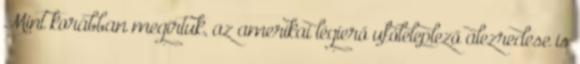
Mint korábban megírtuk, az amerikai légierő ufóleleplező alezredese is